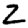
Digit: 2